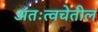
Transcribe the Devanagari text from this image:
अंतःत्वचेतील